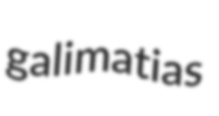
galimatias